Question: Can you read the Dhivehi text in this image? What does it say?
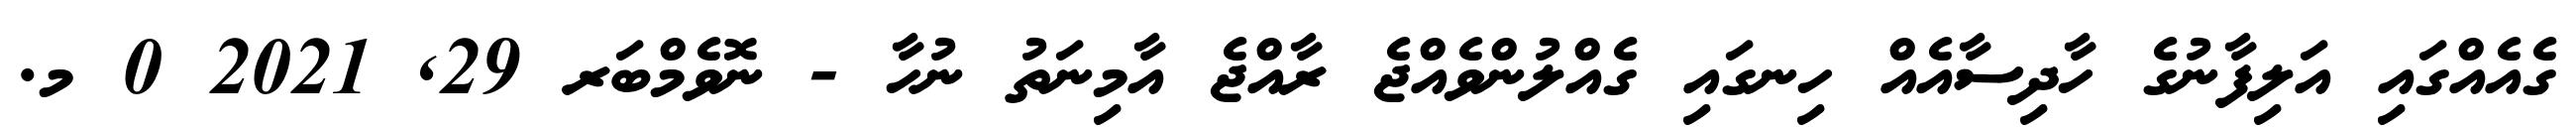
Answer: ގެއެއްގައި އަލިފާނުގެ ހާދިސާއެއް ހިނގައި ގެއްލުންވެއްޖެ ރާއްޖެ އާމިނަތު ނުހާ - ނޮވެމްބަރ 29, 2021 0 މ.